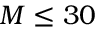
M \leq 3 0